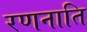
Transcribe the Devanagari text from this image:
रणनाति